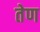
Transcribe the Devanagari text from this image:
तेण